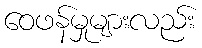
ဝေဖန်မှုများလည်း